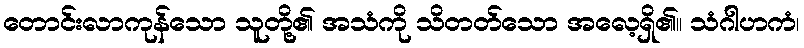
တောင်းလာကုန်သော သူတို့၏ အသံကို သိတတ်သော အလေ့ရှိ၏။ သံဂါဟကံ၊